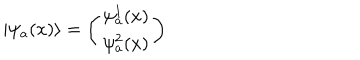
\vert \psi _ { a } ( x ) \rangle = \left( \begin{array} { c } { { \psi _ { a } ^ { 1 } ( x ) } } \\ { { \psi _ { a } ^ { 2 } ( x ) } } \\ \end{array} \right)